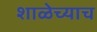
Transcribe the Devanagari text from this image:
शाळेच्याच